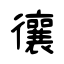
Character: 忀